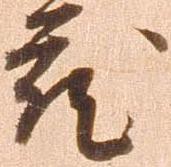
蔵